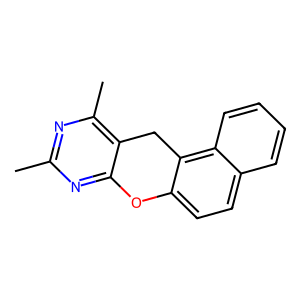
SMILES: Cc1nc(C)c2c(n1)Oc1ccc3ccccc3c1C2
Inhibits HIV replication: No